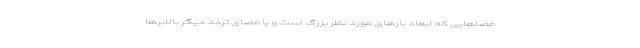
فضاهایی که ابعاد بارهای مورد نظر بزرگ است و یا فضای تردد دیگر بالابرها